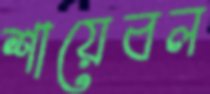
শায়েবল